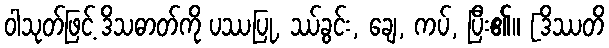
ဝါသုတ်ဖြင့် ဒိသဓာတ်ကို ပဿပြု, ဿ်ခွင်း, ချေ, ကပ်, ပြီး၏။ [ဒိဿတိ